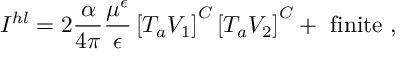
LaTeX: I ^ { h l } = 2 \frac { \alpha } { 4 \pi } \frac { \mu ^ { \epsilon } } { \epsilon } \left[ T _ { a } V _ { 1 } \right] ^ { C } \left[ T _ { a } V _ { 2 } \right] ^ { C } + \mathrm { ~ f i n i t e ~ } ,